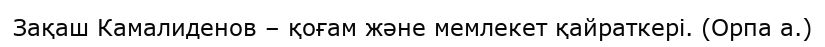
Зақаш Камалиденов – қоғам және мемлекет қайраткері. (Орпа а.)